Leaving Certificate Examination, 1914
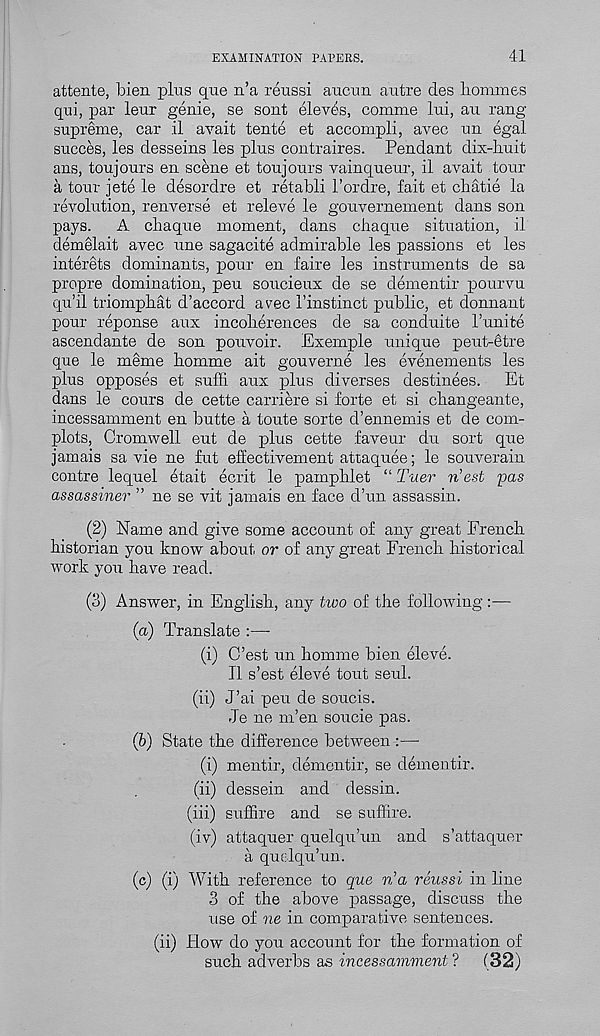
EXAMINATION PAPEES.
41
attente, bien plus que n’a reussi aucun autre des homines
qui, par leur genie, se sont elev^s, comme lui, au rang
supreme, car il avait tente et accompli, avec un egal
succes, les desseins les plus contraires. Pendant dix-huit
ans, toujours en scene et toujours vainqueur, il avait tour
a tour jete le desordre et retabli 1’ordre, fait et chatie la
revolution, renverse et releve le gouvernement dans son
pays.
A chaque moment, dans chaque situation, il
demelait avec une sagacite admirable les passions et les
interets dominants, pour en faire les instruments de sa
propre domination, peu soucieux de se dementir pourvu
qu’il triomphat d’accord avec I’instinct public, et donnant
pour reponse aux incoherences de sa conduite 1’unite
ascendante de son pouvoir. Exemple unique peut-etre
que le meme homme ait gouverne les evenements les
plus opposes et suffi aux plus diverses destinees.
Et
dans le cours de cette carriere si forte et si changeante,
incessamment en butte a toute sorte d’ennemis et de corn-
plots, Cromwell eut de plus cette favour du sort que
jamais sa vie ne fut effectivement attaquee; le souverain
contre lequel etait ecrit le pamphlet “ Tuer n’est pas
assassiner ” ne se vit jamais en face d’un assassin.
(2) Name and give some account of any great French
historian you know about or of any great French historical
work you have read.
(3) Answer, in English, any tivo of the following:—
(а) Translate :—
(i) C’est un homme bien eleve.
Il s’est eleve tout seul.
(ii) J’ai peu de soucis.
Je ne m’en soucie pas.
(б) State the difference between :—
(i) mentir, dementir, se dementir.
(ii) dessein and dessin.
(iii) suffire and se suffire.
(iv) attaquer quelqu’un and s’attaquer
a quelqu’un.
(c) (i) With reference to que n’a reussi in line
3 of the above passage, discuss the
use of ne in comparative sentences.
(ii) How do you account for the formation of
such adverbs as incessamment ?
(32)